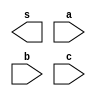
//-------------------------
// Exercicio 05
// Luiz Marques de oliveira
//-------------------------


//--------------------------
//-- OR GATE COM 3 ENTRADAS
//--------------------------


module or3(output s, input a, input b, input c);

endmodule

//-------------------------
//-- test
//-------------------------

module testor3;
wire s;
reg a,b,c;


not NOT1(s1,a);
not NOT2(s2,b);
not NOT3(s3,c);
and AND1(s,s1,s2,s3);

initial begin:start
a=0 ; b=0; c=0;
end



initial begin: main

$display("Exericicio 05 - Luiz Marques de olveira - 417138");
$display("Porta OR com 3 entradas");
$display("a & b & c = s");
$monitor("%b & %b & %b = %b",a,b,c,s);


#1 a=0 ; b=0 ; c=1;
#1 a=0 ; b=1 ; c=0;
#1 a=0 ; b=1 ; c=1;
#1 a=1 ; b=0 ; c=0;
#1 a=1 ; b=0 ; c=1;
#1 a=1 ; b=1 ; c=0;
#1 a=1 ; b=1 ; c=1;

end
	
	endmodule // testor3